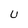
Character: U